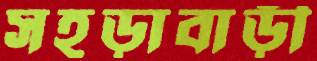
সহড়াবাড়ী